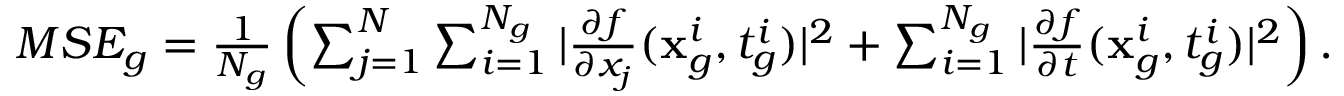
\begin{array} { r } { M S E _ { g } = \frac { 1 } { N _ { g } } \left( \sum _ { j = 1 } ^ { N } \sum _ { i = 1 } ^ { N _ { g } } | \frac { \partial f } { \partial x _ { j } } ( \mathbf { x } _ { g } ^ { i } , t _ { g } ^ { i } ) | ^ { 2 } + \sum _ { i = 1 } ^ { N _ { g } } | \frac { \partial f } { \partial t } ( \mathbf { x } _ { g } ^ { i } , t _ { g } ^ { i } ) | ^ { 2 } \right) . } \end{array}